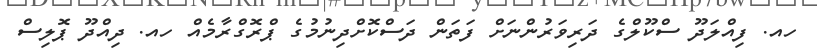
ހއ. ފިއްލަދޫ ސްކޫލްގެ ދަރިވަރުންނަށް ފަތަން ދަސްކޮށްދިނުމުގެ ޕްރޮގްރާމެއް ހއ. ދިއްދޫ ޕޮލިސް